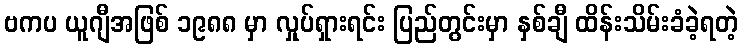
ဗကပ ယူဂျီအဖြစ် ၁၉၈၈ မှာ လှုပ်ရှားရင်း ပြည်တွင်းမှာ နှစ်ချီ ထိန်းသိမ်းခံခဲ့ရတဲ့